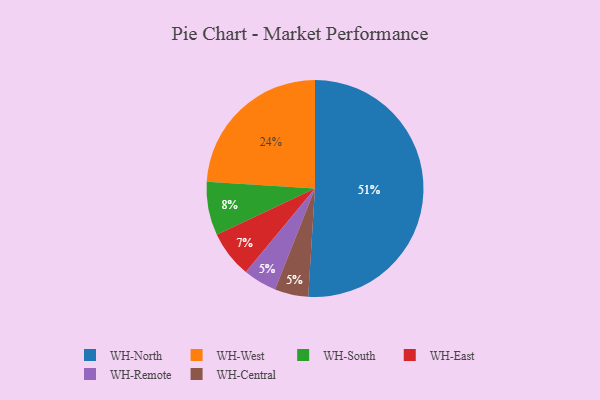
{"axis": {"x": "Category", "y": "Percentage"}, "legend": ["WH-Central", "WH-East", "WH-North", "WH-Remote", "WH-South", "WH-West"], "data": [{"x": "WH-West", "y": 24, "type": "WH-West"}, {"x": "WH-East", "y": 7, "type": "WH-East"}, {"x": "WH-South", "y": 8, "type": "WH-South"}, {"x": "WH-Remote", "y": 5, "type": "WH-Remote"}, {"x": "WH-North", "y": 51, "type": "WH-North"}, {"x": "WH-Central", "y": 5, "type": "WH-Central"}]}